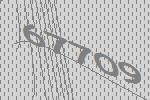
67709